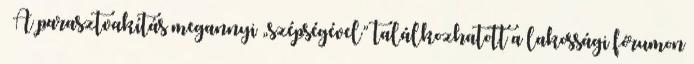
– A parasztvakítás megannyi „szépségével” találkozhatott a lakossági fórumon